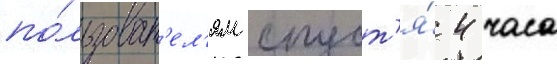
по́льзоват'ел'ям спуст'я́ 4 часа